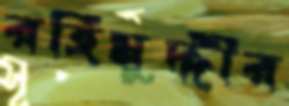
রহিমুদ্দীর